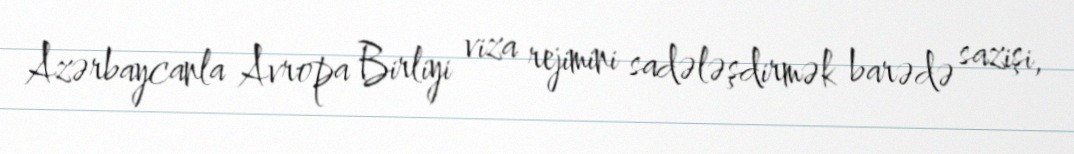
Azərbaycanla Avropa Birliyi viza rejimini sadələşdirmək barədə sazişi,